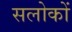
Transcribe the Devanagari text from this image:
सलोकों